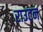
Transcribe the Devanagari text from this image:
राउटन